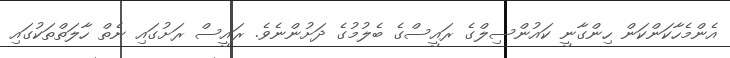
އެންމެހާކަންކަން ހިންގާނީ ކައުންސިލްގެ ރައީސްގެ ބެލުމުގެ ދަށުންނެވެ. ރައީސް ރަށުގައި ނެތް ހާލަތްތަކުގައި